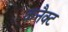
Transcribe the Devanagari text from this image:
कनैक्ट